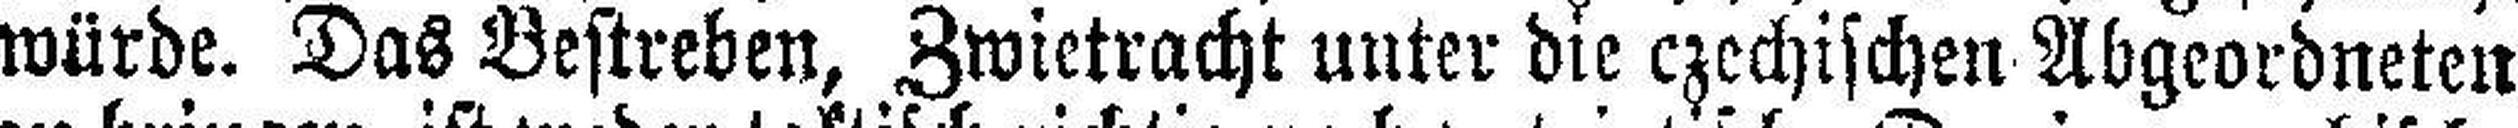
würde. Das Bestreben, Zwietracht unter die czechischen Abgeordneten